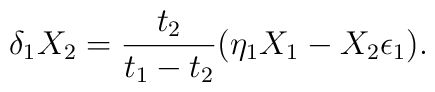
\delta_1 X_2 = {t_2\over t_1 - t_2} (\eta_1 X_1 - X_2 \epsilon_1).